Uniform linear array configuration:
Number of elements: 8
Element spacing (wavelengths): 0.5
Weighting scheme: binomial
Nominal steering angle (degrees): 15
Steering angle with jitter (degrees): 16.486
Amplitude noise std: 0.05
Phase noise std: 0.05

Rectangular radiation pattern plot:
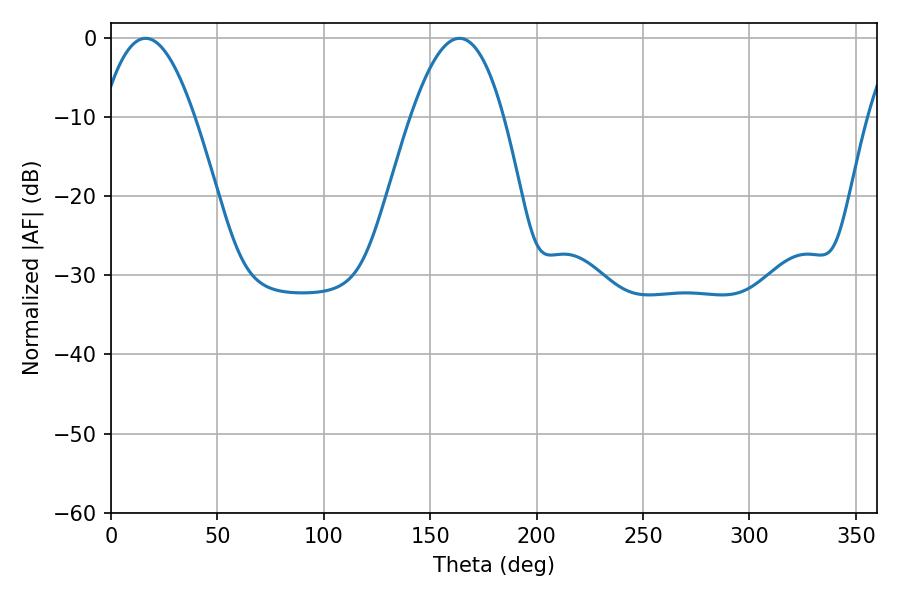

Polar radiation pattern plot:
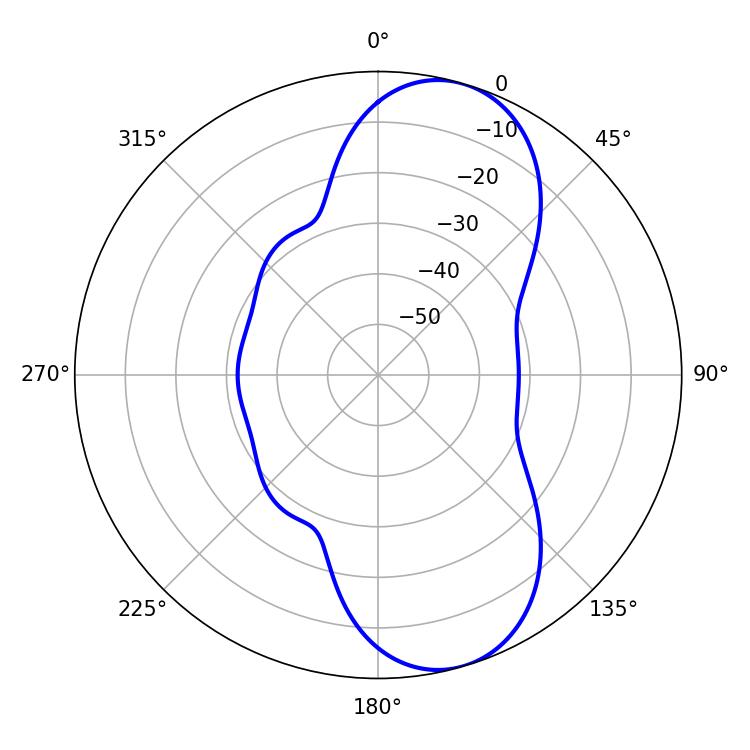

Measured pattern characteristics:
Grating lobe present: FALSE
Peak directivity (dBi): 8.903
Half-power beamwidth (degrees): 23.76
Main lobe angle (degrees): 16.2